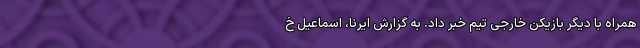
همراه با دیگر بازیکن خارجی تیم خبر داد. به گزارش ایرنا، اسماعیل خ